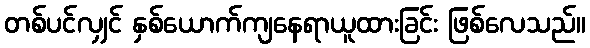
တစ်ပင်လျှင် နှစ်ယောက်ကျနေရာယူထားခြင်း ဖြစ်လေသည်။